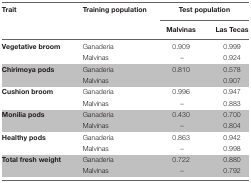
<table><thead><tr><td><b>Trait</b></td><td><b>Training population</b></td><td colspan="2"><b>Test population</b></td></tr><tr><td></td><td></td><td><b>Malvinas</b></td><td><b>Las Tecas</b></td></tr></thead><tbody><tr><td><b>Vegetative broom</b></td><td>Ganaderia</td><td>0.909</td><td>0.999</td></tr><tr><td></td><td>Malvinas</td><td>–</td><td>0.924</td></tr><tr><td><b>Chirimoya pods</b></td><td>Ganaderia</td><td>0.810</td><td>0.578</td></tr><tr><td></td><td>Malvinas</td><td></td><td>0.907</td></tr><tr><td><b>Cushion broom</b></td><td>Ganaderia</td><td>0.996</td><td>0.947</td></tr><tr><td></td><td>Malvinas</td><td>–</td><td>0.883</td></tr><tr><td><b>Monilia pods</b></td><td>Ganaderia</td><td>0.430</td><td>0.700</td></tr><tr><td></td><td>Malvinas</td><td>–</td><td>0.804</td></tr><tr><td><b>Healthy pods</b></td><td>Ganaderia</td><td>0.863</td><td>0.942</td></tr><tr><td></td><td>Malvinas</td><td>–</td><td>0.998</td></tr><tr><td><b>Total fresh weight</b></td><td>Ganaderia</td><td>0.722</td><td>0.880</td></tr><tr><td></td><td>Malvinas</td><td>–</td><td>0.792</td></tr></tbody></table>